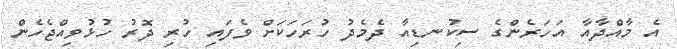
އެ މާއްދާއާ އަހަރެންގެ ސިކުނޑިއާ ދެމެދު ހުރަހަކަށް ވެފައި ހުރި ދޮރު ހުޅުވިއްޖެހެން